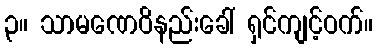
၃။ သာမဏေဝိနည်းခေါ် ရှင်ကျင့်ဝက်။